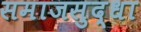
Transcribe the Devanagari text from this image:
समाजसुद्धा